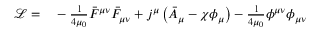
\begin{array} { r l } { \mathcal L = } & { { } - \frac { 1 } { 4 \mu _ { 0 } } \bar { F } ^ { \mu \nu } \bar { F } _ { \mu \nu } + j ^ { \mu } \left( \bar { A } _ { \mu } - \chi \phi _ { \mu } \right) - \frac { 1 } { 4 \mu _ { 0 } } \phi ^ { \mu \nu } \phi _ { \mu \nu } } \end{array}